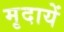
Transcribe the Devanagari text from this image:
मृदायें